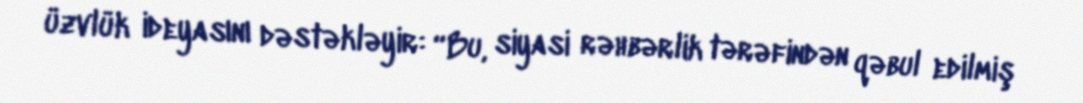
üzvlük ideyasını dəstəkləyir: “Bu, siyasi rəhbərlik tərəfindən qəbul edilmiş